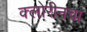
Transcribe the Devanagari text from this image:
क्लोरीनचा